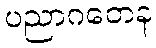
ပညာဂတေန